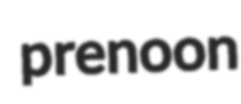
prenoon